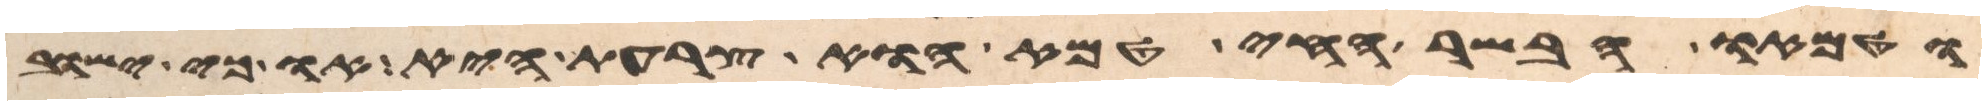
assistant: וטמאו הבשר החי טמא הוא צרעת היא או כי ישוב